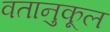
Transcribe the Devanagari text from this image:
वतानुकूल